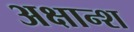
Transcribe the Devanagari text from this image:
अक्षान्श